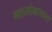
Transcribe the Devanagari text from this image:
ग्लासोग्राफया